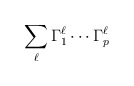
\begin{align*}\sum_\ell \Gamma_1^\ell \cdots \Gamma_p^\ell\end{align*}